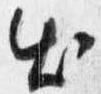
出